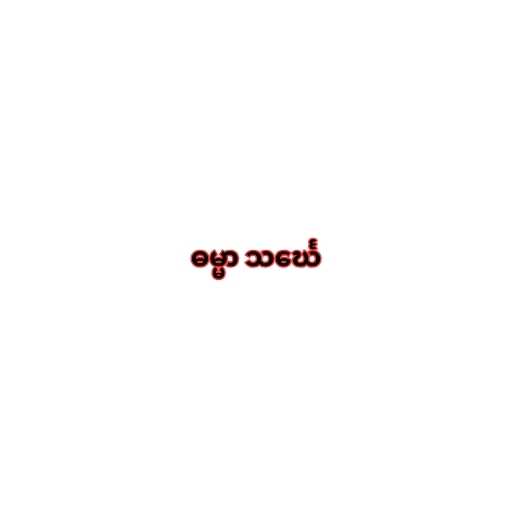
ဓမ္မာ သင်္ဃေ